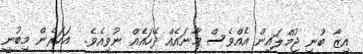
އިޒާ ބުނި ޖުމްލައިން އެއްވެސް މާނައެއް ދޭހައެއް ނުވިއެވެ.  އަހަރެން މިބުނީ